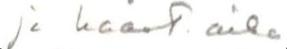
ja haast. aika